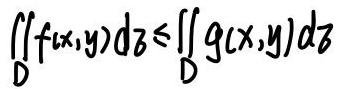
\[ \iint_D f(x,y) \, dz \leq \iint_D g(x,y) \, dz \]